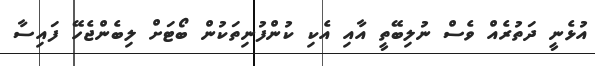
އުޅެނީ ދަތުރެއް ވެސް ނުލިބޭތީ އާއި އެކި ކުންފުނިތަކުން ބޯޓަށް ލިބެންޖެހޭ ފައިސާ